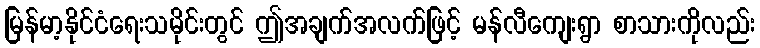
မြန်မာ့နိုင်ငံရေးသမိုင်းတွင် ဤအချက်အလက်ဖြင့် မန်လီကျေးရွာ စာသားကိုလည်း